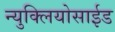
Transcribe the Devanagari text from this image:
न्युक्लियोसाईड